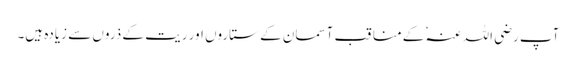
آپ رضی اللہ عنہٗ کے مناقب آسمان کے ستاروں اور ریت کے ذروں سے زیادہ ہیں۔